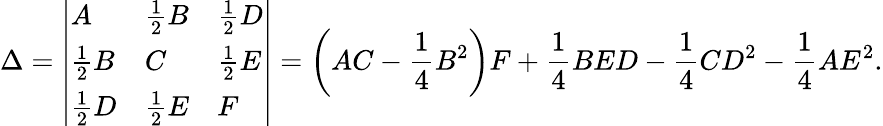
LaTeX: \Delta={\left|\begin{array}{lll}{A}&{{\frac{1}{2}}B}&{{\frac{1}{2}}D}\\ {{\frac{1}{2}}B}&{C}&{{\frac{1}{2}}E}\\ {{\frac{1}{2}}D}&{{\frac{1}{2}}E}&{F}\end{array}\right|}=\left(AC-{\frac{1}{4}}B^{2}\right)F+{\frac{1}{4}}BED-{\frac{1}{4}}CD^{2}-{\frac{1}{4}}AE^{2}.